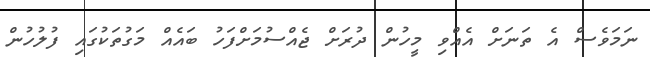
ނަމަވެސް އެ ތަނަށް އެއްވި މީހުން ދުރަށް ޖެއްސުމަށްފަހު ބައެއް މަގުތަކުގައި ފުލުހުން